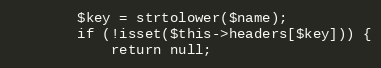
Language: PHP
        $key = strtolower($name);
        if (!isset($this->headers[$key])) {
            return null;